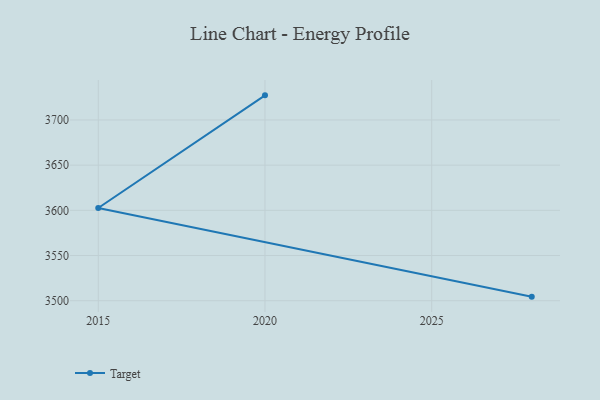
{"axis": {"x": "Year", "y": "Churn Rate (%)"}, "legend": ["Target"], "data": [{"x": "2020", "y": 3727.2, "type": "Target"}, {"x": "2015", "y": 3602.6, "type": "Target"}, {"x": "2028", "y": 3504.5, "type": "Target"}]}